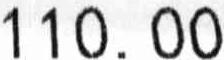
110.00